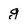
Character: g